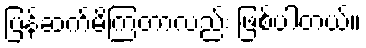
ပြန်ဆက်မိကြတာလည်း ဖြစ်ပါတယ်။